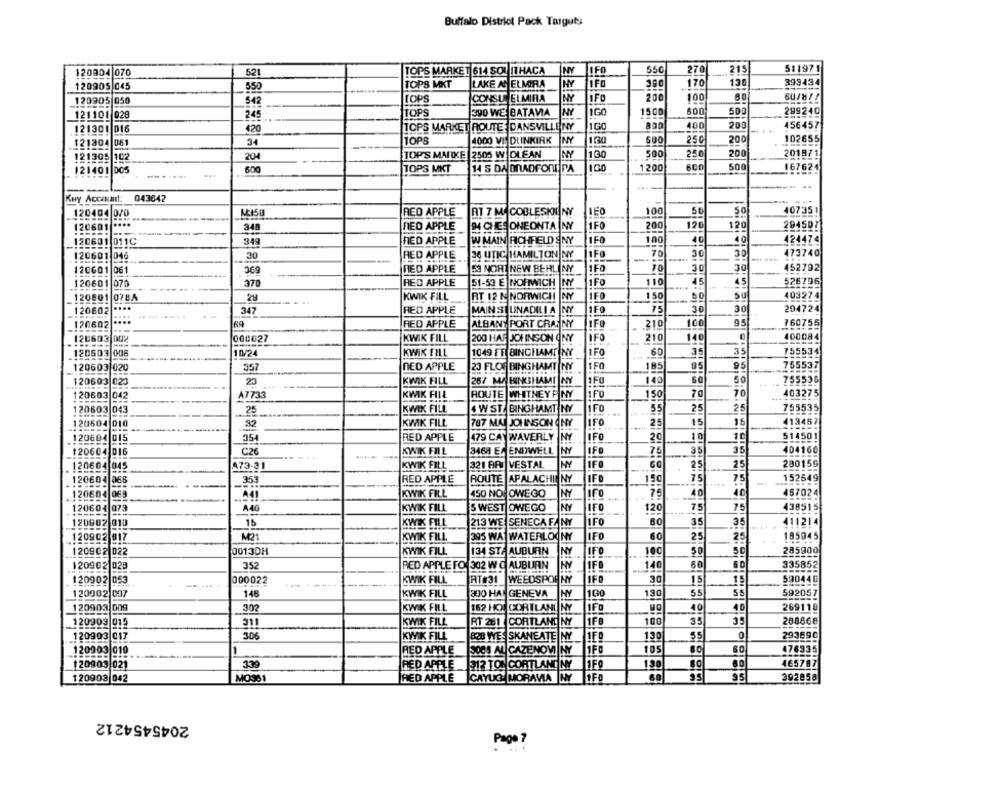
Buffalo District Pack Targuts
521
TOPS MARKET 614 SOU ITHACA
NY
550
270
215
511971
120804 070
120905 045
TOPS MKT
LAKE AS ELMIRA
NY
1FO
380
170
130
399434
550
120905 050
542
TOPS
CONST ELMIRA
NY
IFO
200
100
NY
1G
1500
600
500
299240
121101 028
245
TOPS
390 WE BATAVIA
420
TOPS MARKET ROUTE: DANSVILLE NY
IGO
400
200
456457
121301
D16
061
34
TOPS
4000 VIJ DLINKIRK
NY
1.30
500
250
200
102655
121304
121305 102
204
TOP'S MARKE 2505 W DLEAN
NY
130
500
250
200
201871
100
600
500
167624
121401 005
600
TOPS MKT
14 S DA BRADFORD RA
1200
Key Account: 043642
120404 070
ME150
RED APPLE_RT 7 M COBLESKI NY
100
50
50
407351
120601 ****
348
RED APPLE
CHE ONEONTA NY
iFO
200
120
120
2945071
--
120601 011C
349
NED APPLE
W MAIN RICHFELD SNY
1F0
100
40
40
424474
30
1Fo
30
473740
120601 046
RED APPLE
36 UTIC HAMILTON NY
120601 061
369
RED APPLE
53 NOR NEW BERLINY
1FO
10
30
30
452702
126601 0
370
RED APPLE
51-53 E NORWICH NY
1FO
110
45
45
526796
120601 078A
29
KWIK FILL
RT 12 K NORWICH
NY
IFO
1,50
50
su
403274
1FO
75
30
30
204724
120602
347
RED APPLE
MAIN STUINADILI A NY
120602
69
RED APPLE
ALBANY PORT CRAINY
LIFO
210
100
95
760756
120603 002
000027
KWIK FILL
200 HAP JOHNSON ONY
IFO
210
140
400084
120503 006
10/24
KWIK FILL
1049 FF BINGHAMTINY
1FO
60
35
35
755534
1FO
95
755537
120603 020
357
NED APPLE
23 FLOP BINGHAMT NY
185
95
23
KWIK FILL
267 MA HINKEHAMI NY
1F0
140
50
50
755536
120603 023
120603 042
A7733
KWIK FILL
ROUTE WHITNEY P NY
150
70
403275
120603 043
25
KWIK FILL
W ST BINGHAMT NY
55
25
25
755535
120604 010
32
KWIK FILL
787 MAI JOHNSON ONY
25
15
16
413467
IFO
514501
120604 015
354
RED APPLE
479 CAYWAVERLY
HY
20
10
10
120604 016
C26
KWIK FIL
3468 E4 ENDWELL
NY
IN
35
35
404160
-----
. 120604 9
473-31
KWIK FILL
321 AR VESTAL
NY
25
25
280159
120604 065
353
RED APPLE
ROUTE APALACHIN NY
IFO
75
75
152649
150
120604 063
A41
KWIK FILL
150 NOJOWEGO
NY
75
40
40
457024
A40
75
438515
120604 073
KWIK FILL
S WEST OWEGO
120
75
120902 010
15
KWIK FILL
213 WE SENECA FA NY
IFO
35
35
411214
120902 017
M21
KWIK FILL
395 WA WATERLOONY
25
25
185945
--
120902 022
0013DH
KWIK FILL
134 STA AUBURN
NY
IFO
10℃
50
50
285900
120902 028
352
RED APPLE FO 302 W G AUBURN
NY
1F0
140
60
335852
590440
120902 053
000022
KWIK FILL
RT#31 |WEEDSPOR NY
30
15
15
120902 097
148
KWIK FILL
300 HA
GENEVA
NY
130
55
55
592057
120903 009
302
KWIK FILL
162 HOL CORTLAN!
NY
FO
40
40
269118
120903 015
KWIK FILL
RT 281 CORTLAND NY
1FD
100
35
39
268868
120903 017
306
KWIK FILL
B2B WE: SKANEATE NY
1F0
130
0
293690
120903 010
SOCS AL CAZENOWI NY
105
476935
RED APPLE
120903 021
339
212 TONCORTLAND NY
1FŐ
130
465787
RED APPLE
120903 042
MO361
RED APPLE
CAYUG MORAVIA NY
1FO
6
95
392858
2045454212
Page ?